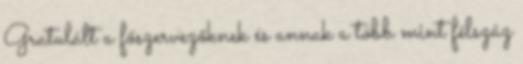
Gratulált a főszervezőknek és annak a több mint félszáz